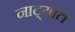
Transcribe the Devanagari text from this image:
नाट्यात